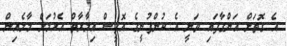
އެ ގޮތަށް އަންގާފައި ވަނީ އެ ކުންފުނީގެ އޮފީސް އިމާރާތް އެޅުމަށް މާލެއިން